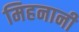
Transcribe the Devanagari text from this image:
मिहनानी